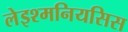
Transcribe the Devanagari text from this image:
लेइश्मनियसिस